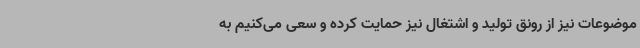
موضوعات نیز از رونق تولید و اشتغال نیز حمایت کرده و سعی می‌کنیم به